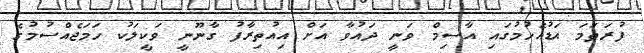
ފުރަތަމަ އަޑުއެހުމުގައި އާސިމް ވަނީ ދައުވާ އަށް އިއުތިރާފު ގާނޫނީ ވަކީލަކު ހަމަޖެއްސުމުގެ